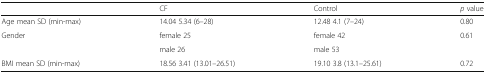
|  | CF | Control | p value |
 | --- | --- | --- | --- |
 | Age mean SD (min-max) | 14.04 5.34 (6–28) | 12.48 4.1 (7–24) | 0.80 |
 | <ROWSPAN=2> Gender | female 25 | female 42 | <ROWSPAN=2> 0.61 |
 | male 26 | male 53 |
 | BMI mean SD (min-max) | 18.56 3.41 (13.01–26.51) | 19.10 3.8 (13.1–25.61) | 0.72 |